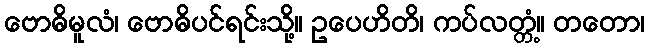
ဗောဓိမူလံ၊ ဗောဓိပင်ရင်းသို့။ ဥပေဟိတိ၊ ကပ်လတ္တံ့။ တတော၊